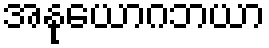
အနုယောဂဘယာ